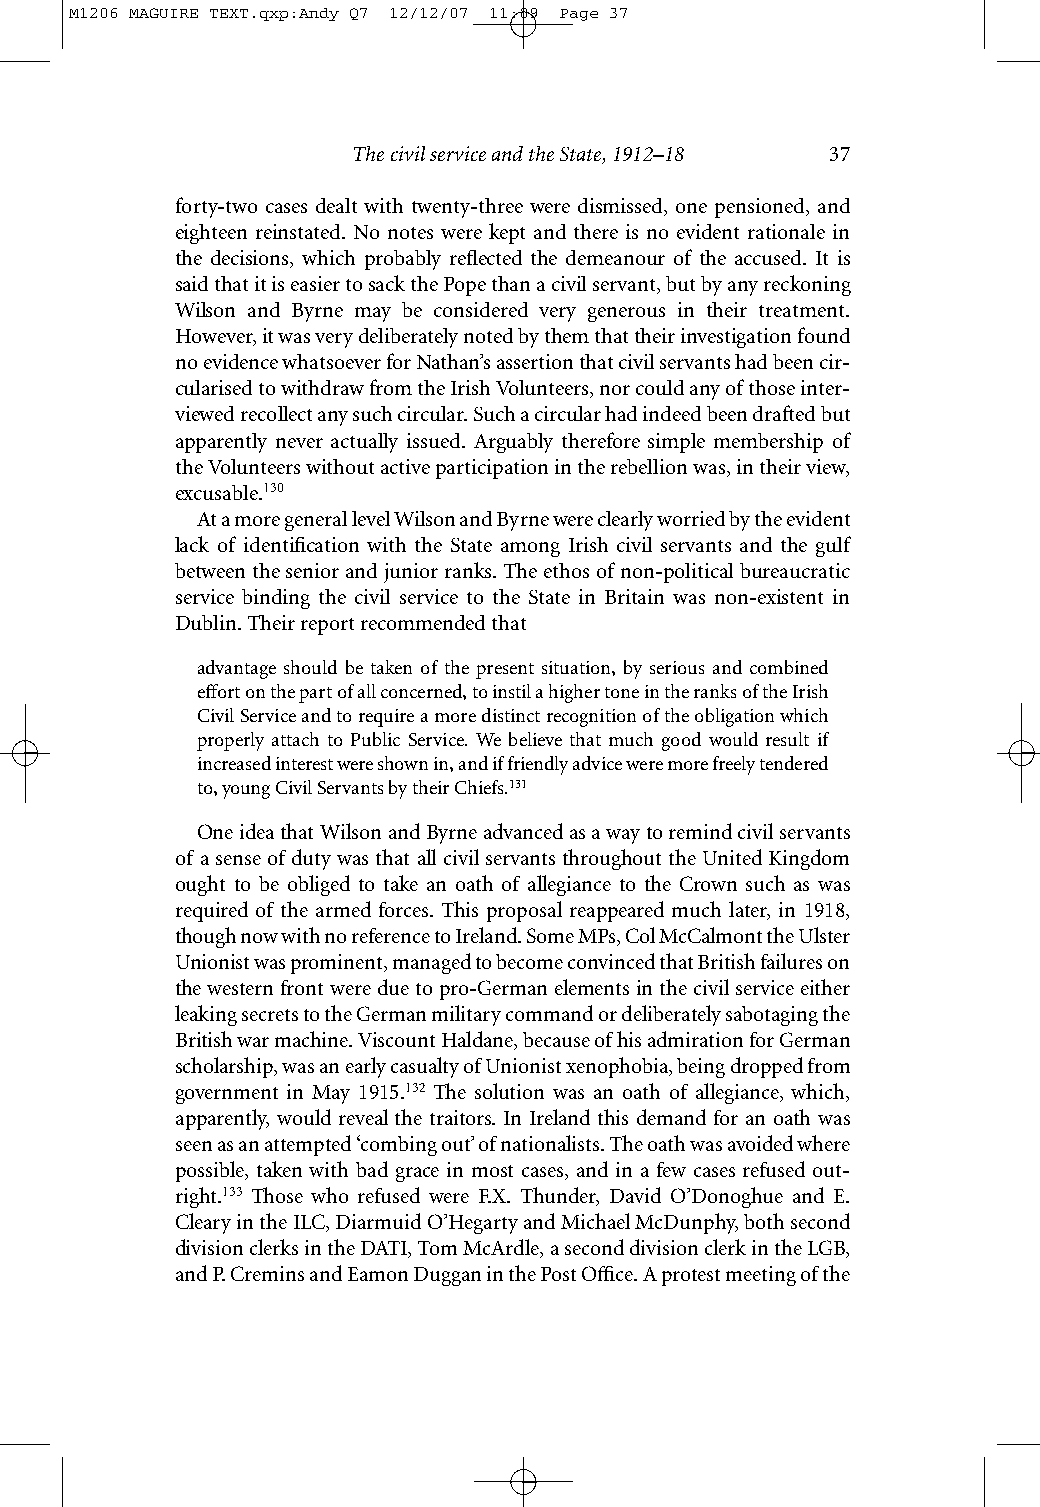
M1206 MAGUIRE TEXT.qxp:Andy Q7 12/12/07 11:09 Page 37
 The civil service and the State, 1912–18 37
 forty-two cases dealt with twenty-three were dismissed, one pensioned, and
 eighteen reinstated. No notes were kept and there is no evident rationale in
 the decisions, which probably reflected the demeanour of the accused. It is
 saidthat it is easier to sack the Pope than a civil servant, but by any reckoning
 Wilson and Byrne may be considered very generous in their treatment.
 However, it was very deliberately noted by them that their investigation found
 no evidence whatsoever for Nathan’s assertion that civil servants had been cir-
 cularised to withdraw from the Irish Volunteers, nor could any of those inter-
 viewed recollect any such circular. Such a circular had indeed been drafted but
 apparently never actually issued. Arguably therefore simple membership of
 theVolunteers without active participation in the rebellion was, in their view,
 excusable.130
 At a more general level Wilson and Byrne were clearly worried by the evident
 lack of identification with the State among Irish civil servants and the gulf
 between the senior and junior ranks. The ethos of non-political bureaucratic
 service binding the civil service to the State in Britain was non-existent in
 Dublin. Their report recommended that
 advantage should be taken of the present situation, by serious and combined
 effort on the part of all concerned, to instil a higher tone in the ranks of the Irish
 Civil Service and to require a more distinct recognition of the obligation which
 properly attach to Public Service. We believe that much good would result if
 increased interest were shown in, and if friendly advice were more freely tendered
 to, young Civil Servants by their Chiefs.131
 One idea that Wilson and Byrne advanced as a way to remind civil servants
 of a sense of duty was that all civil servants throughout the United Kingdom
 ought to be obliged to take an oath of allegiance to the Crown such as was
 required of the armed forces. This proposal reappeared much later, in 1918,
 though now with no reference to Ireland. Some MPs, Col McCalmont the Ulster
 Unionist was prominent, managed to become convinced that British failures on
 the western front were due to pro-German elements in the civil service either
 leaking secrets to the German military command or deliberately sabotaging the
 British war machine. Viscount Haldane, because of his admiration for German
 scholarship, was an early casualty of Unionist xenophobia, being dropped from
 government in May 1915.132 The solution was an oath of allegiance, which,
 apparently, would reveal the traitors. In Ireland this demand for an oath was
 seen as an attempted ‘combing out’ of nationalists. The oath was avoided where
 possible, taken with bad grace in most cases, and in a few cases refused out-
 right.133 Those who refused were F.X. Thunder, David O’Donoghue and E.
 Cleary in the ILC, Diarmuid O’Hegarty and Michael McDunphy, both second
 division clerks in the DATI, Tom McArdle, a second division clerk in the LGB,
 and P. Cremins and Eamon Duggan in the Post Office. A protest meeting of the